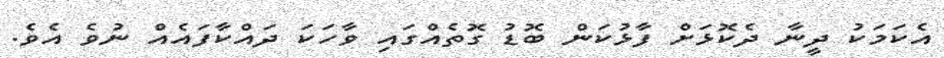
އެކަމަކު ދީނާ ދެކޮޅަށް ފާޅުކަން ބޮޑު ގޮތެއްގައި ވާހަކަ ދައްކާފައެއް ނުވެ އެވެ.